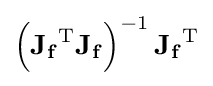
\left(\mathbf {J_{f}} ^{\operatorname {T} }\mathbf {J_{f}} \right)^{-1}\mathbf {J_{f}} ^{\operatorname {T} }